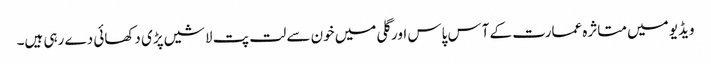
ویڈیو میں متاثرہ عمارت کے آس پاس اور گلی میں خون سے لت پت لاشیں پڑی دکھائی دے رہی ہیں۔